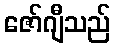
ဇော်ဂျီသည်